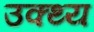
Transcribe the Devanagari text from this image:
उक्थ्य